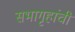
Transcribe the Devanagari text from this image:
सभागृहांची